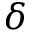
\delta